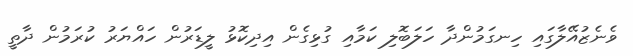
ވެނެޒުއޭލާގައި ހިނގަމުންދާ ހަލަބޮލި ކަމާއި ގުޅިގެން އިދިކޮޅު ލީޑަރުން ހައްޔަރު ކުރަމުން ދާތީ